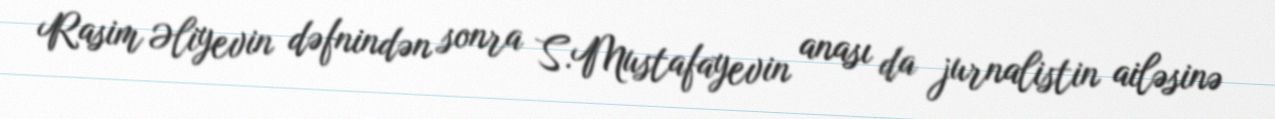
Rasim Əliyevin dəfnindən sonra S.Mustafayevin anası da jurnalistin ailəsinə